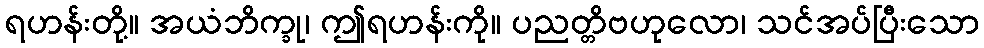
ရဟန်းတို့။ အယံဘိက္ခု၊ ဤရဟန်းကို။ ပညတ္တိဗဟုလော၊ သင်အပ်ပြီးသော